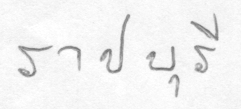
ราชบุรี